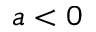
a < 0